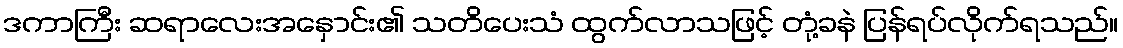
ဒကာကြီး ဆရာလေးအနှောင်း၏ သတိပေးသံ ထွက်လာသဖြင့် တုံ့ခနဲ ပြန်ရပ်လိုက်ရသည်။